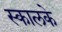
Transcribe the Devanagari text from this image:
स्कालके